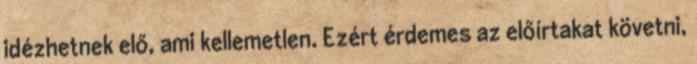
idézhetnek elő, ami kellemetlen. Ezért érdemes az előírtakat követni,